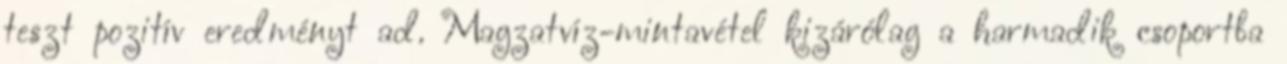
teszt pozitív eredményt ad. Magzatvíz-mintavétel kizárólag a harmadik csoportba